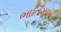
ભાતિગળ